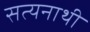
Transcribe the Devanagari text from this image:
सत्यनाथी